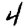
Digit: 4